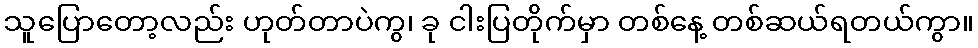
သူပြောတော့လည်း ဟုတ်တာပဲကွ၊ ခု ငါးပြတိုက်မှာ တစ်နေ့ တစ်ဆယ်ရတယ်ကွာ။